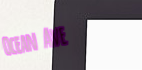
Ocean Ave